Annual report of the Civil Veterinary Department, Bengal, for the year 1897-98 - 1897-1898
Year: 1897
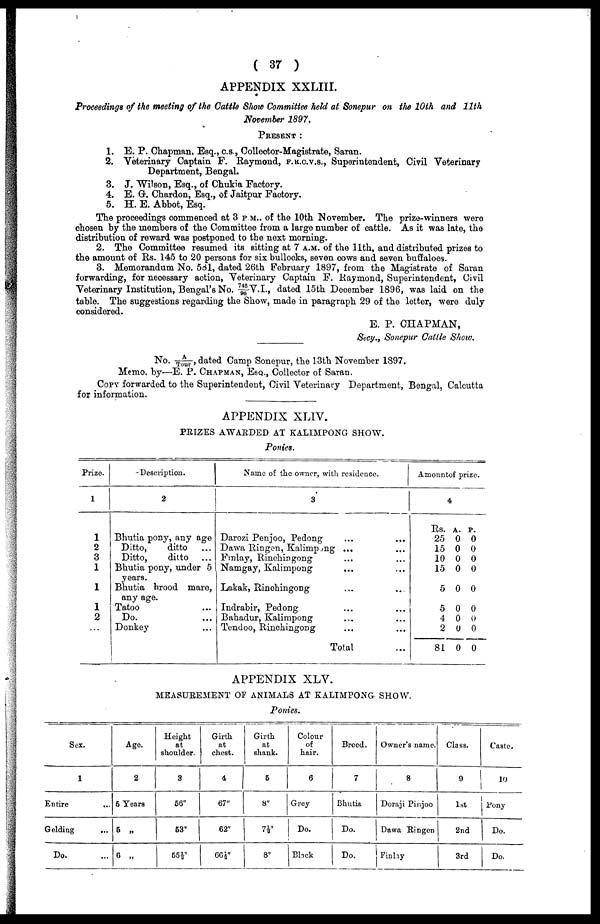
( 37 )
APPENDIX XXLIII.
Proceedings of the meeting of the Cattle Show Committee held at Sonepur on the 10th and 11th
November 1897.
PRESENT :
1. E. P. Chapman, Esq., c.s., Collector-Magistrate, Saran.
2. Veterinary Captain F. Raymond, f.r.c.v.s., Superintendent, Civil Veterinary
Department, Bengal.
3. J. Wilson, Esq., of Chukia Factory.
4. E. G-. Chardon, Esq., of Jaitpur Factory.
5. H. E. Abbot, Esq.
The proceedings Commenced at 3 p.m.. of the 10th November. The prize-winners were
chosen by the members of the Committee from a large number of cattle. As it was late, the
distribution of reward was postponed to the next morning.
2. The Committee resumed its sitting at 7 a.m. of the 11th, and distributed prizes to
the amount of Rs. 145 to 20 persons for six bullocks, seven cows and seven buffaloes.
3. Memorandum No. 581, dated 26th February 1897, from the Magistrate of Saran
forwarding, for necessary action, Veterinary Captain F. Raymond, Superintendent, Civil
Veterinary Institution, Bengal's No. 742/ 96 V.I., dated 15th December 1896, was laid on the
table. The suggestions regarding the Show, made in paragraph 29 of the letter, were duly
considered.
E. P. CHAPMAN,
Secy., Sonepur Cattle Show.
No. A/ Tour , dated Camp Sonepur, the 13th November 1897.
Memo. by—E. P. CHAPMAN, ESQ., Collector of Saran.
COPY forwarded to the Superintendent, Civil Veterinary Department, Bengal, Calcutta
for information.
APPENDIX XLIV.
PRIZES AWARDED AT KALIMPONG SHOW.
Ponies.
Prize.
1
1
2
3
1
1
1
2
...
Description.
2
Bhutia pony, any age
Ditto,
ditto ...
Ditto,
ditto ...
Bhutia pony, under 5
years.
Bhutia brood mare,
any age.
Tatoo ...
Do. ...
Donkey ...
Name of the owner, with residence
3
Darozi Penjoo, Pedong ...
Dawa Ringen, Kalimpong ...
Fmlay, Rinchingong ...
Namgay, Kalimpong
...
Lakak, Rinohingong ...
Indrabir, Pedong ...
Bahadur, Kalimpong ...
Tendoo, Rinchingong ...
Total
...
...
...
...
...
...
...
...
...
Amount of prize.
4
Rs.
25
15
10
15
5
5
4
2
81
A.
0
0
0
0
0
0
0
0
0
. P
0
0
0
0
0
0
0
0
0
APPENDIX XLV.
MEASUREMENT OF ANIMALS AT KALIMPONG- SHOW.
Ponies.
Sex.
1
Entire
...
Gelding
...
Do. ....
Age.
2
5 Years
5 „
6 „
Height
at
shoulder.
3
56"
53"
55½ "
Girth
at
chest.
4
67"
62"
66 ½ "
Girth
at
shank.
6
8"
7½"
8"
Colour
of
hair.
6
Grey
Do.
Black
Breed.
7
Bhutia
Do.
Do.
Owner's name.
8
Doraji Pinjoo
Dawa Ringon
Finlay
Class.
9
1st
2nd
3rd
Caste.
10
Pony
Do.
Do.